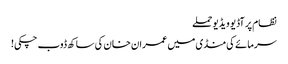
نظام پر آڈیو ویڈیو حملے
سرمائے کی منڈی میں عمران خان کی ساکھ ڈوب چکی!